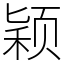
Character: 颖